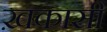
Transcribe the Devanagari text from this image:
ख़कासी